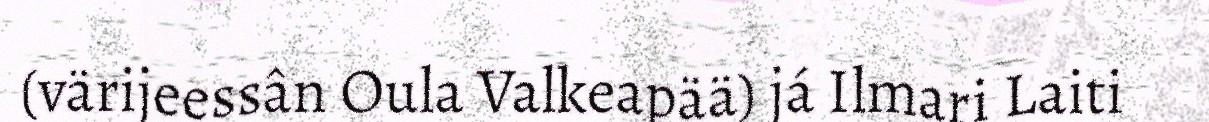
(värijeessân Oula Valkeapää) já Ilmari Laiti